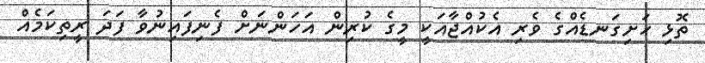
ތޮޅި ހަށިގަނޑެއްގެ ވެރި އެކުއްޖާއަކީ މީގެ ކުރިން އަހަންނަށް ފެނިފައިނުވާ ފަދަ ރީތިކަމެއް